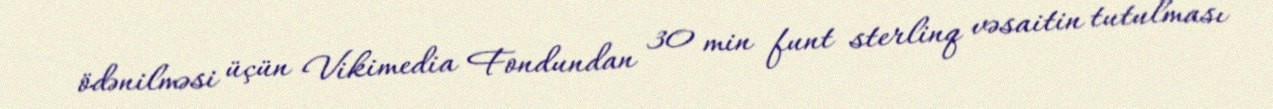
ödənilməsi üçün Vikimedia Fondundan 30 min funt sterlinq vəsaitin tutulması